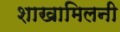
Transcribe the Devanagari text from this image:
शाखामिलनी